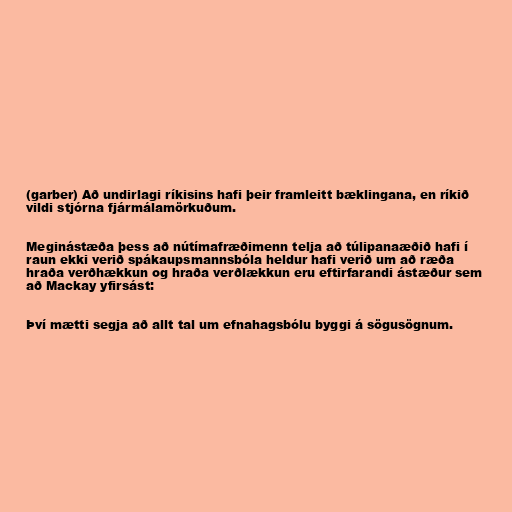
(garber) Að undirlagi ríkisins hafi þeir framleitt bæklingana, en ríkið
vildi stjórna fjármálamörkuðum.

Meginástæða þess að nútímafræðimenn telja að túlipanaæðið hafi í
raun ekki verið spákaupsmannsbóla heldur hafi verið um að ræða
hraða verðhækkun og hraða verðlækkun eru eftirfarandi ástæður sem
að Mackay yfirsást:

Því mætti segja að allt tal um efnahagsbólu byggi á sögusögnum.